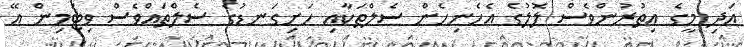
އަދި މީގެ އިތުރުންވެސް ލޮލުގެ އެހެނިހެން ސެލްތަކާއި ހަށިގަނޑުގެ ސެލްތައްވެސް ވިޓަމިން އޭ